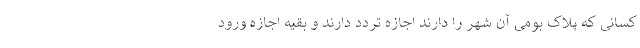
کسانی که پلاک بومی آن شهر را دارند اجازه تردد دارند و بقیه اجازه ورود